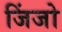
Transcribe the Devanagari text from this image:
जिंजो